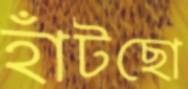
হাঁটছো